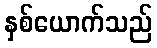
နှစ်ယောက်သည်